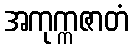
အကုက္ကဇာတံ